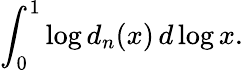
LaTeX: \int_{0}^{1}\log d_{n}(x)\, d\log x.